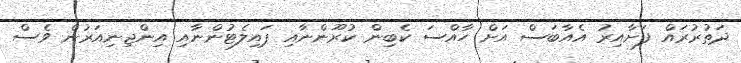
ދަތުރުރައް ފަށާއިރު އެއާބަސް އަށް ހާއްސަ ކެބިން ކުރޫންނާއި ޕައިލެޓުންނާއި އިންޖިނިއަރުން ވެސް